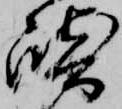
崎